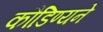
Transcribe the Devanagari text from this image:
कौडिण्यने